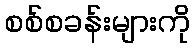
စစ်စခန်းများကို